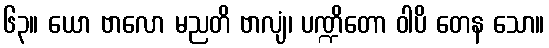
၆၃။ ယော ဗာလော မညတိ ဗာလျံ၊ ပဏ္ဍိတော ဝါပိ တေန သော။